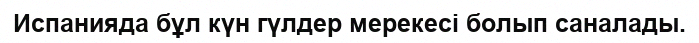
Испанияда бұл күн гүлдер мерекесі болып саналады.